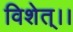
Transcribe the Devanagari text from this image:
विशेत्।।